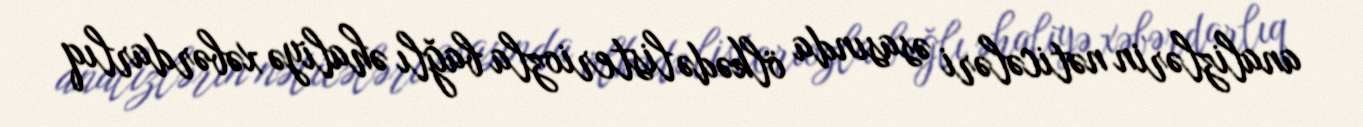
analizlərin nəticələri əsasında ölkədə listeriozla bağlı əhaliyə xəbərdarlıq